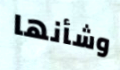
وشأنها